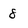
Character: 8